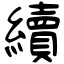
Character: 續